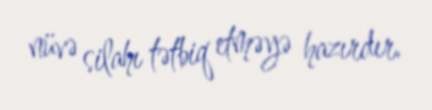
nüvə silahı tətbiq etməyə hazırdır.